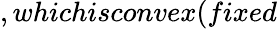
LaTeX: ,whichisconvex(fixed